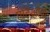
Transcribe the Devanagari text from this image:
एंटिओक